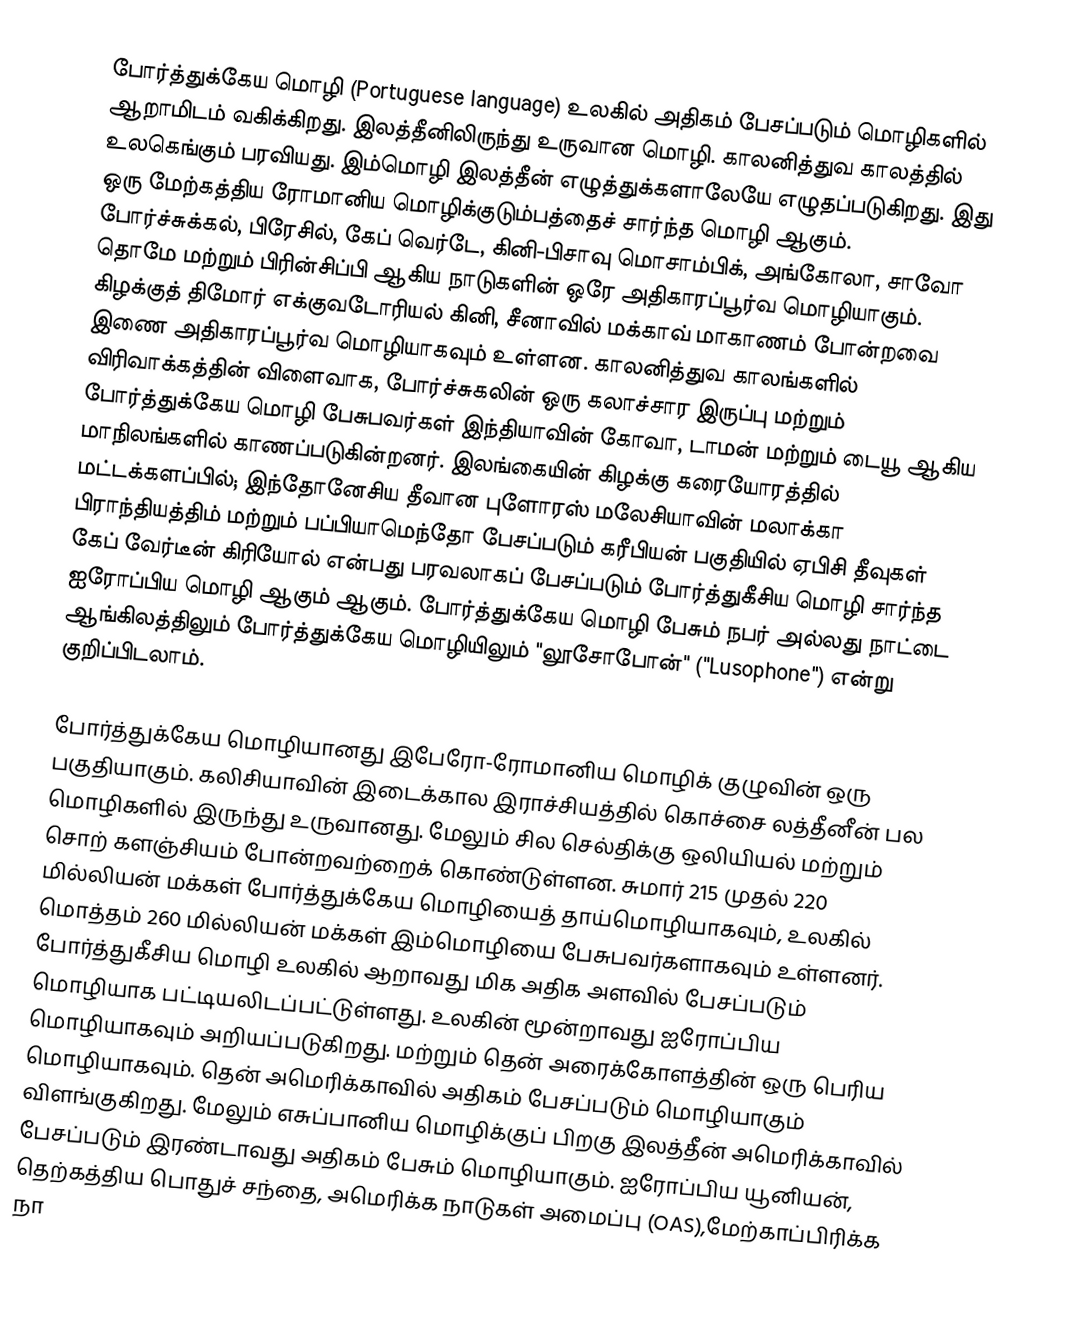
போர்த்துக்கேய மொழி (Portuguese language) உலகில் அதிகம் பேசப்படும் மொழிகளில் ஆறாமிடம் வகிக்கிறது. இலத்தீனிலிருந்து உருவான மொழி. காலனித்துவ காலத்தில் உலகெங்கும் பரவியது. இம்மொழி இலத்தீன் எழுத்துக்களாலேயே எழுதப்படுகிறது. இது ஒரு மேற்கத்திய ரோமானிய மொழிக்குடும்பத்தைச் சார்ந்த மொழி ஆகும். போர்ச்சுக்கல், பிரேசில், கேப் வெர்டே, கினி-பிசாவு மொசாம்பிக், அங்கோலா, சாவோ தொமே மற்றும் பிரின்சிப்பி ஆகிய நாடுகளின் ஒரே அதிகாரப்பூர்வ மொழியாகும்.  கிழக்குத் திமோர்  எக்குவடோரியல் கினி, சீனாவில் மக்காவ் மாகாணம் போன்றவை  இணை அதிகாரப்பூர்வ மொழியாகவும் உள்ளன. காலனித்துவ காலங்களில்  விரிவாக்கத்தின் விளைவாக,  போர்ச்சுகலின் ஒரு கலாச்சார இருப்பு மற்றும் போர்த்துக்கேய மொழி பேசுபவர்கள் இந்தியாவின் கோவா, டாமன் மற்றும் டையூ ஆகிய மாநிலங்களில் காணப்படுகின்றனர்.   இலங்கையின் கிழக்கு கரையோரத்தில் மட்டக்களப்பில்; இந்தோனேசிய தீவான புளோரஸ் மலேசியாவின் மலாக்கா பிராந்தியத்திம் மற்றும் பப்பியாமெந்தோ பேசப்படும் கரீபியன் பகுதியில் ஏபிசி தீவுகள் கேப் வேர்டீன் கிரியோல் என்பது பரவலாகப் பேசப்படும் போர்த்துகீசிய மொழி சார்ந்த ஐரோப்பிய மொழி ஆகும் ஆகும். போர்த்துக்கேய மொழி பேசும் நபர் அல்லது நாட்டை ஆங்கிலத்திலும் போர்த்துக்கேய மொழியிலும் "லூசோபோன்" ("Lusophone") என்று குறிப்பிடலாம்.

போர்த்துக்கேய மொழியானது இபேரோ-ரோமானிய மொழிக் குழுவின் ஒரு பகுதியாகும். கலிசியாவின் இடைக்கால இராச்சியத்தில் கொச்சை லத்தீனீன் பல மொழிகளில் இருந்து உருவானது. மேலும் சில செல்திக்கு ஒலியியல் மற்றும் சொற் களஞ்சியம் போன்றவற்றைக் கொண்டுள்ளன.  சுமார் 215 முதல் 220 மில்லியன்  மக்கள் போர்த்துக்கேய மொழியைத் தாய்மொழியாகவும், உலகில் மொத்தம்  260 மில்லியன் மக்கள் இம்மொழியை பேசுபவர்களாகவும் உள்ளனர். போர்த்துகீசிய மொழி  உலகில் ஆறாவது மிக அதிக அளவில் பேசப்படும் மொழியாக பட்டியலிடப்பட்டுள்ளது.   உலகின் மூன்றாவது ஐரோப்பிய மொழியாகவும் அறியப்படுகிறது. மற்றும் தென் அரைக்கோளத்தின்  ஒரு பெரிய மொழியாகவும்.  தென் அமெரிக்காவில் அதிகம் பேசப்படும் மொழியாகும் விளங்குகிறது. மேலும் எசுப்பானிய மொழிக்குப் பிறகு இலத்தீன் அமெரிக்காவில் பேசப்படும் இரண்டாவது அதிகம் பேசும் மொழியாகும்.   ஐரோப்பிய யூனியன், தெற்கத்திய பொதுச் சந்தை, அமெரிக்க நாடுகள் அமைப்பு (OAS),மேற்காப்பிரிக்க நா